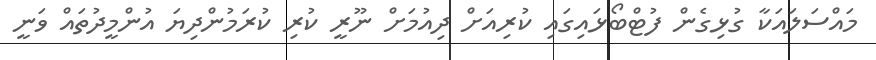
މައްސަލައަކާ ގުޅިގެން ފުޓްބޯޅައިގައި ކުރިއަށް ދިއުމަށް ނޫރީ ކުރި ކުރަމުންދިޔަ އުންމީދުތައް ވަނީ